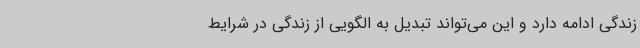
زندگی ادامه دارد و این می‌تواند تبدیل به الگویی از زندگی در شرایط